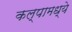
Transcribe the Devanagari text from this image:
कल्पामध्ये